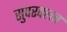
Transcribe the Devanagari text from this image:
सुपरक्लब